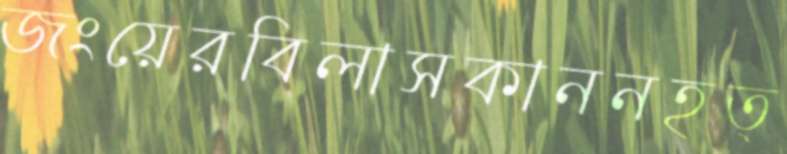
জংয়েরবিলাসকাননহত্